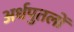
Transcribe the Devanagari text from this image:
अर्धपुतलों